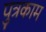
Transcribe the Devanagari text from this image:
पुत्रकाम